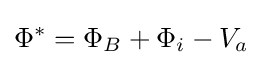
\Phi ^{*}=\Phi _{B}+\Phi _{i}-V_{a}